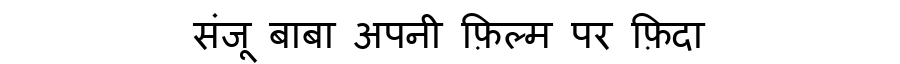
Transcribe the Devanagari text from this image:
संजू बाबा अपनी फ़िल्म पर फ़िदा